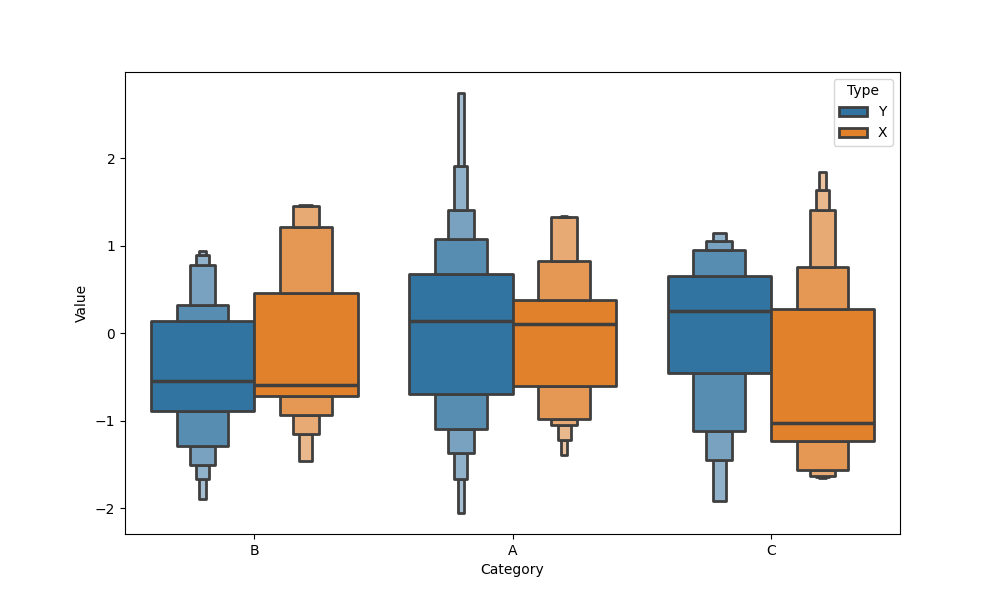
python, seaborn, boxenplot, k_depth='full', linewidth=2, scale='exponential', outlier_prop=0.1, showfliers=True